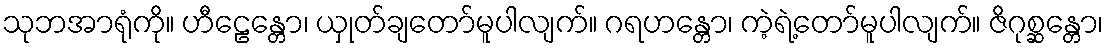
သုဘအာရုံကို။ ဟီဠေန္တော၊ ယှုတ်ချတော်မူပါလျက်။ ဂရဟန္တော၊ ကဲ့ရဲ့တော်မူပါလျက်။ ဇိဂုစ္ဆန္တော၊